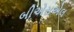
બીએસએલ